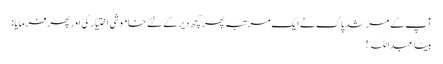
آپ کے مرشد پاک نے ایک مرتبہ پھر کچھ دیر کے لئے خاموشی اختیار کی اور پھر فرمایا:
بیٹا عبداللہ !